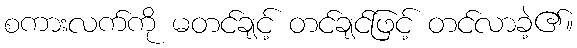
စကားလက်ကို မတင်ချင့် တင်ချင်ဖြင့် တင်လာခဲ့၏။